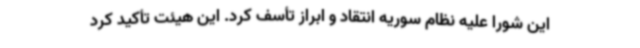
این شورا علیه نظام سوریه انتقاد و ابراز تأسف کرد. این هیئت تأکید کرد